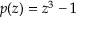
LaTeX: p ( z ) = z ^ { 3 } - 1